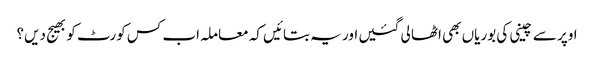
اوپر سے چینی کی بوریاں بھی اٹھا لی گئیں اور یہ بتائیں کہ معاملہ اب کس کورٹ کو بھیج دیں؟